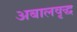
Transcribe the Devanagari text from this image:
अबालवृद्ध